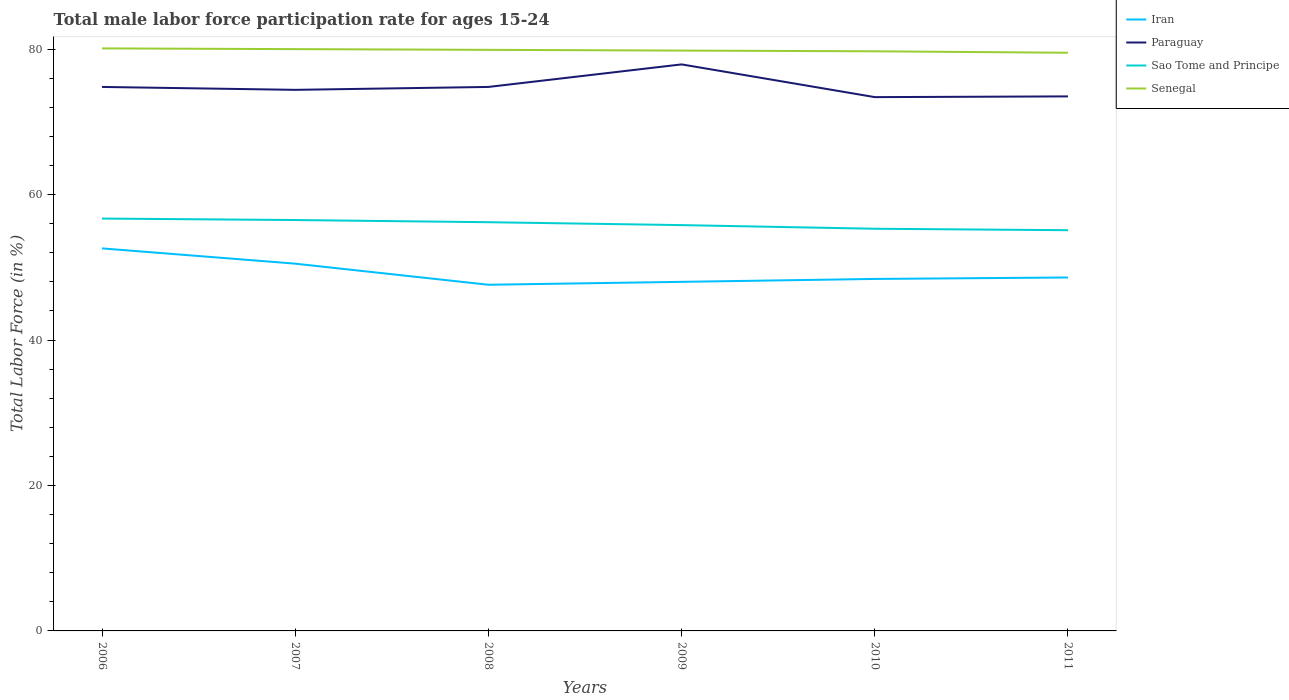
| Years | Iran | Paraguay | Sao Tome and Principe | Senegal |
 | --- | --- | --- | --- | --- |
 | 2006 | 52.6 | 74.8 | 56.7 | 80.1 |
 | 2007 | 50.5 | 74.4 | 56.5 | 80 |
 | 2008 | 47.6 | 74.8 | 56.2 | 79.9 |
 | 2009 | 48 | 77.9 | 55.8 | 79.8 |
 | 2010 | 48.4 | 73.4 | 55.3 | 79.7 |
 | 2011 | 48.6 | 73.5 | 55.1 | 79.5 |